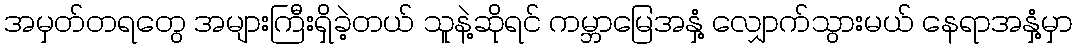
အမှတ်တရတွေ အများကြီးရှိခဲ့တယ် သူနဲ့ဆိုရင် ကမ္ဘာမြေအနှံ့ လျှောက်သွားမယ် နေရာအနှံ့မှာ